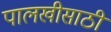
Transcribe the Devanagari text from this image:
पालखीसाठी